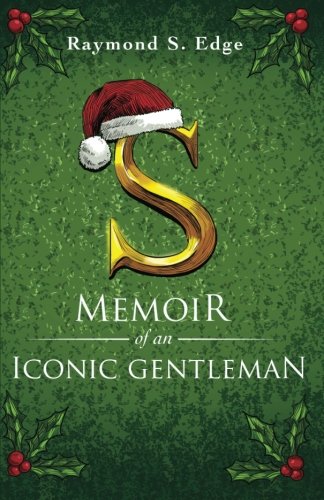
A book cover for S: Memoir of an Iconic Gentleman; Raymond S. Edge; Teen & Young Adult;